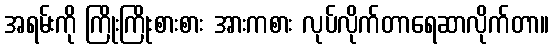
အရမ်းကို ကြိုးကြိုးစားစား အားကစား လုပ်လိုက်တာရေဆာလိုက်တာ။